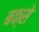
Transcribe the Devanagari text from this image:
बक्‍से